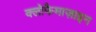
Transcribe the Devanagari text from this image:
क्लोफैमाज़ाइन